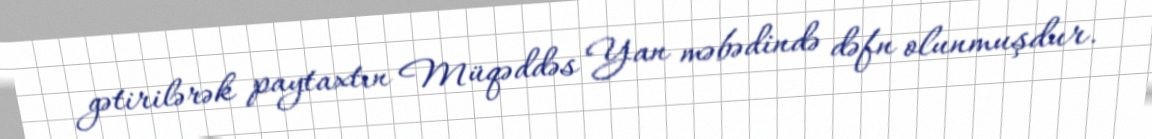
gətirilərək paytaxtın Müqəddəs Yan məbədində dəfn olunmuşdur.